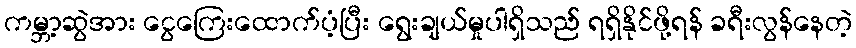
ကမ္ဘာ့ဆွဲအား ငွေကြေးထောက်ပံ့ပြီး ရွေးချယ်မှုပါရှိသည် ရရှိနိုင်ဖို့ရန် ခရီးလွန်နေတဲ့